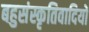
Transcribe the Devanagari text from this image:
बहुसंस्कृतिवादियों